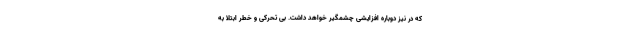
که در نیز دوباره افزایشی چشمگیر خواهد داشت. بی تحرکی و خطر ابتلا به